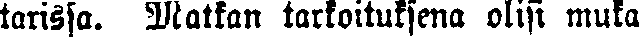
tarissa. Matkan tarkoituksena olisi muka